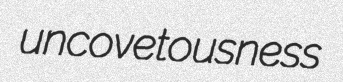
uncovetousness